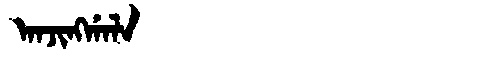
Manchu: ᠠᠨᠵᡳᠩᡤᠠᠯᠠ
Romanization: ANJINGGALA